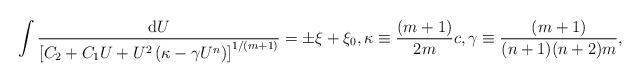
LaTeX: \begin{align*}\int \frac{\mathrm{d}U}{\left[C_2 + C_1 U + U^2\left(\kappa - \gamma U^{n}\right)\right]^{1/(m+1)}} = \pm\xi + \xi_0,\kappa\equiv \frac{(m+1)}{2m}c,\gamma\equiv \frac{(m+1)}{(n+1)(n+2)m},\end{align*}